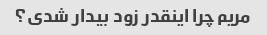
مریم چرا اینقدر زود بیدار شدی؟